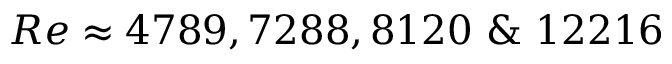
R e \approx 4 7 8 9 , 7 2 8 8 , 8 1 2 0 ~ \& ~ 1 2 2 1 6